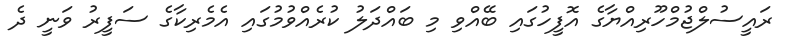
ރައީސުލްޖުމްހޫރިއްޔާގެ އޮފީހުގައި ބޭއްވި މި ބައްދަލު ކުރެއްވުމުގައި އެމެރިކާގެ ސަފީރު ވަނީ ދެ